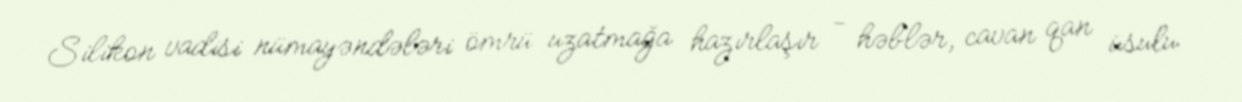
Silikon vadisi nümayəndələri ömrü uzatmağa hazırlaşır - həblər, cavan qan üsulu